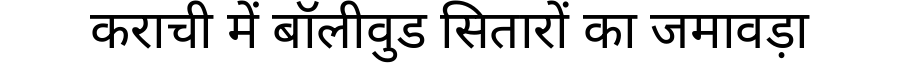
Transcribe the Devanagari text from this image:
कराची में बॉलीवुड सितारों का जमावड़ा